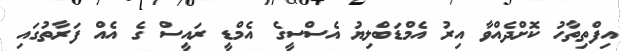
އިފްތިތާހު ކޮށްދެއްްވާ އިރު އެމްޑަބްލިޔު އެސްސީގެ އެމްޑީ ރައީސް ގެ އެއް ފަރާތުގައި